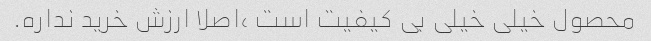
محصول خیلی خیلی بی کیفیت است ،اصلا ارزش خرید نداره.